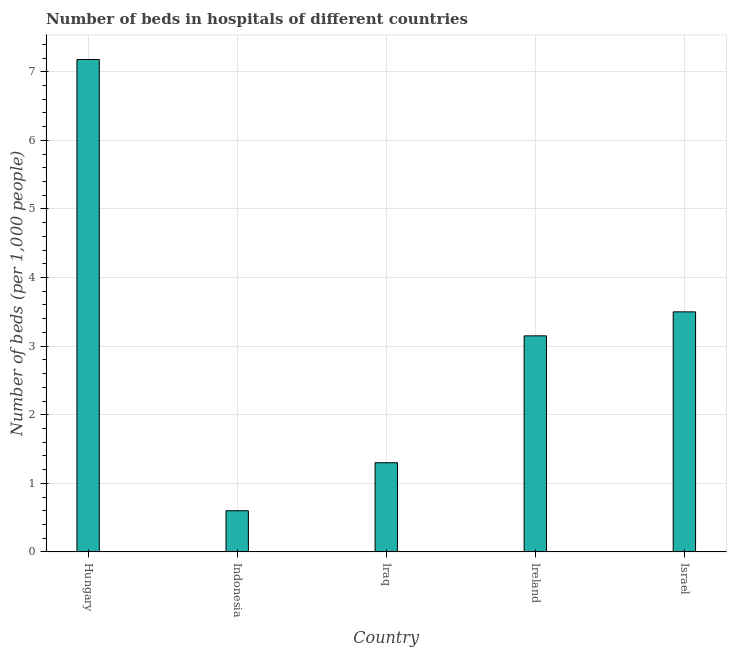
| Country | Hospital beds |
 | --- | --- |
 | Hungary | 7.18 |
 | Indonesia | 0.6 |
 | Iraq | 1.3 |
 | Ireland | 3.15 |
 | Israel | 3.5 |